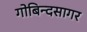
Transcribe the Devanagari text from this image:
गोबिन्‍दसागर